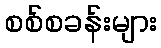
စစ်စခန်းများ